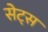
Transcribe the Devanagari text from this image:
सेट्‌स